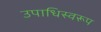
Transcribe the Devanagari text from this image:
उपाधिस्वरूप